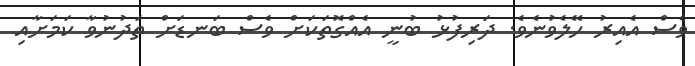
ވެސް އެއިރު ހޭލެވުނެވެ. ދަރިފުޅު ބުނީ އެއްގޮތަކަށް ވެސް ބަނޑަށް ތަދުނުވާ ކަމަށާއި